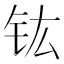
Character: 𮣳